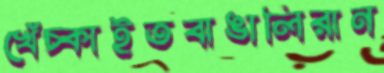
খেঁচ্‌কাইতবাঙালিরান